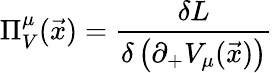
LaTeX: \Pi_{V}^{\mu}({\vec{x}})=\frac{\delta{L}}{\delta\left(\partial_{+}V_{\mu}(\vec{x})\right)}